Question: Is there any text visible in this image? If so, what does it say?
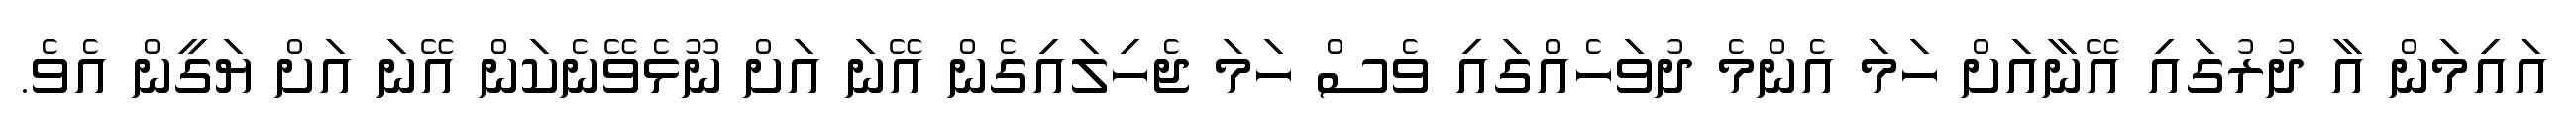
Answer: އައިމަން އާ ދުރުގައި އޭނާއަށް ހަމަ އެންމެ ދުވަހެއްގައި ވެސް ހަމަ ޖެހިލައިގެން އޭނަ އަށް ނޫޅެވޭނެކަން އޭނަ އަށް ޔަގީން އެވެ.